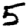
Digit: 5